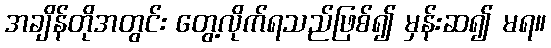
အချိန်တိုအတွင်း တွေ့လိုက်ရသည်ဖြစ်၍ မှန်းဆ၍ မရ။